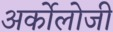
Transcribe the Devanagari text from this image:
अर्कोलोजी